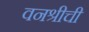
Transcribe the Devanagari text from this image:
वनश्रीची